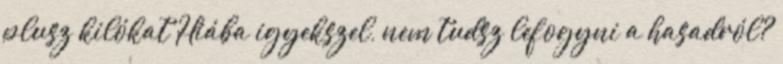
plusz kilókat Hiába igyekszel, nem tudsz lefogyni a hasadról?